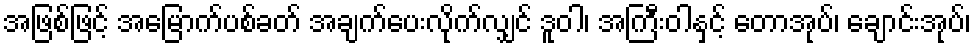
အဖြစ်ဖြင့် အမြောက်ပစ်ခတ် အချက်ပေးလိုက်လျှင် ဒူဝါ၊ အကြီးဝါနှင့် တောအုပ်၊ ချောင်းအုပ်၊